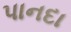
પાનદા